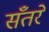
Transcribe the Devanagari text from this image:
सँतरे